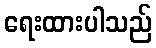
ရေးထားပါသည်